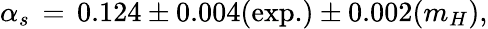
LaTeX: \alpha_{s}\, =\, 0.124\pm 0.004(\mathrm{exp.})\pm 0.002(m_{H}),